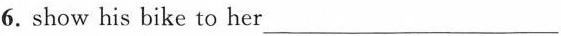
6. show his bike to her ___